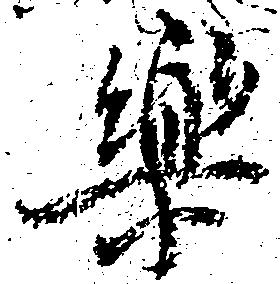
楽